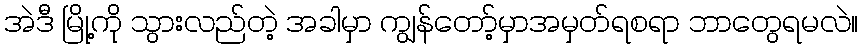
အဲဒီ မြို့ကို သွားလည်တဲ့ အခါမှာ ကျွန်တော့်မှာအမှတ်ရစရာ ဘာတွေရမလဲ။